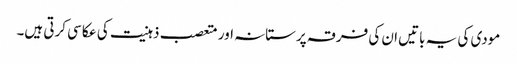
مودی کی یہ باتیں ان کی فرقہ پرستانہ اور متعصب ذہنیت کی عکاسی کرتی ہیں۔